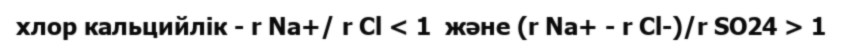
хлор кальцийлік - r Na+/ r Cl < 1  және (r Na+ - r Cl-)/r SO24 > 1